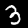
Digit: 3